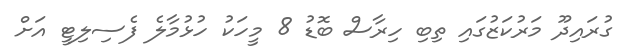
ގުރައިދޫ މަރުކަޒުގައި ތިބި ހިރާސް ބޮޑު 8 މީހަކު ހުޅުމާލެ ފެސިލިޓީ އަށް